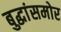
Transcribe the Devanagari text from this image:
बुद्धांसमोर